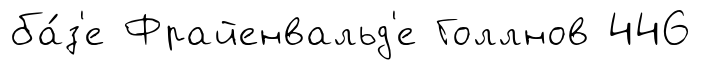
ба́з'е Фрайенвальд'е Голлнов 446